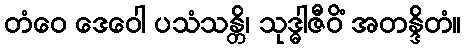
တံဝေ ဒေဝေါ ပသံသန္တိ၊ သုဒ္ဓါဇီဝိံ အတန္ဒိတံ။